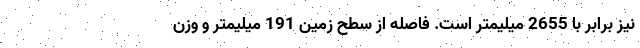
نیز برابر با 2655 میلیمتر است. فاصله از سطح زمین 191 میلیمتر و وزن